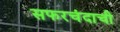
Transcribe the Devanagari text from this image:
सफरचंदाची